Medical and sanitary report on the native army of Bombay for the year
Year: 1877
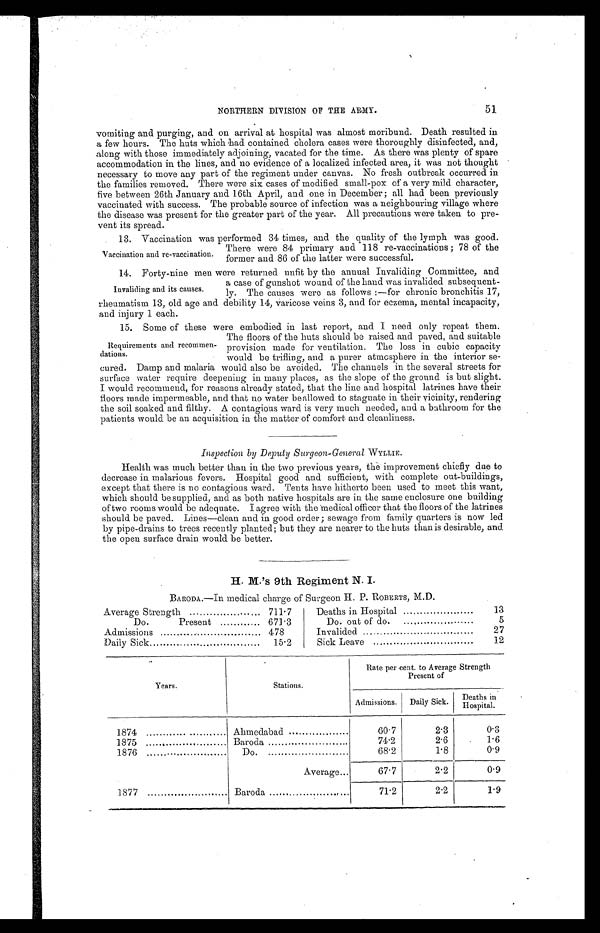
NORTHERN DIVISION OF THE ARMY.
51
vomiting and purging, and on arrival at hospital was almost moribund. Death resulted in
a few hours. The huts which had contained cholera cases were thoroughly disinfected, and,
along with those immediately adjoining, vacated for the time. As there was plenty of spare
accommodation in the lines, and no evidence of a localized infected area, it was not thought
necessary to move any part of the regiment under canvas. No fresh outbreak occurred in
the families removed. There were six cases of modified small-pox of a very mild character,
five between 26th January and 16th April, and one in December ; all had been previously
vaccinated with success. The probable source of infection was a neighbouring village where
the disease was present for the greater part of the year. All precautions were taken to pre-
vent its spread.
Vaccination and re-vaccination.
13. Vaccination was performed 34 times, and the quality of the lymph was good.
There were 84 primary and 118 re-vaccinations ; 78 of the
former and 86 of the latter were successful.
Invaliding and its causes.
14.
Forty-nine men were returned unfit by the annual Invaliding Committee, and
a case of gunshot wound of the hand was invalided subsequent-
ly. The causes were as follows :—for chronic bronchitis 17,
rheumatism 13, old age and debility 14, varicose veins 3, and for eczema, mental incapacity,
and inury 1 each.
Requirem cuts and recommen-
dations.
15.
Some of these were embodied in last report, and I need only repeat them.
The floors of the huts should be raised and paved, and suitable
provision made for ventilation. The loss in cubic capacity
would be trifling, and a purer atmosphere in the interior se-
cured. Damp and malaria would also be avoided. The channels in the several streets for
surface water require deepening in many places, as the slope of the ground is but slight.
I would recommend, for reasons already stated, that the line and hospital latrines have their
floors made impermeable, and that no water be allowed to stagnate in their vicinity, rendering
the soil soaked and filthy. A contagions ward is very much needed, and a bathroom for the
patients would be an acquisition in the matter of comfort and cleanliness.
Inspection by Deputy Surgeon-General WYLLIE.
Health was much better than in the two previous years, the improvement chiefly due to
decrease in malarious fevers. Hospital good and sufficient, with complete out-buildings,
except that there is no contagious ward. Tents have hitherto been used to meet this want,
which should be supplied, and as both native hospitals are in the same enclosure one building
of two rooms would be adequate. I agree with the medical officer that the floors of the latrines
should be paved. Lines—clean and in good order; sewage from family quarters is now led
by pipe-drains to trees recently planted; but they are nearer to the huts than is desirable, and
the open surface drain would be better.
H . M . ' s 9 t h R e g i m e n t N . I .
BARODA.—In medical charge of Surgeon H. P. ROBERTS, M.D.
Average Strength
711.7
Deaths in Hospital
13
Do.
Present
671.3
Do. out of do.
5
Admissions
478
Invalided
27
Daily Sick
..
15.2
Sick Leave
12
Years.
Stations.
Rate per cent. to Average Strength
Present of
Admissions.
Daily Sick.
Deaths in
Hospital.
1874
Ahmedabad
60.7
2.3
0.3
1875
.
Baroda
.
74.2
2.6
1.6
1876
Do.
68.2
1.8
0.9
Average...
67.7
2.2
0.9
1877
Baroda
.
71.2
2.2
1.9